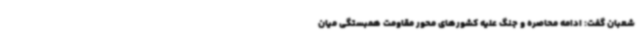
شعبان گفت: ادامه محاصره و جنگ علیه کشورهای محور مقاومت همبستگی میان